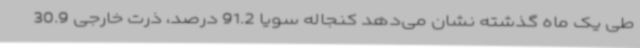
طی یک ماه گذشته نشان می‌دهد کنجاله سویا 91.2 درصد، ذرت خارجی 30.9